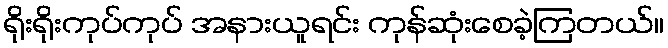
ရိုးရိုးကုပ်ကုပ် အနားယူရင်း ကုန်ဆုံးစေခဲ့ကြတယ်။